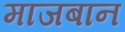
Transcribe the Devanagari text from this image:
माजबान